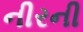
નીરની